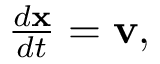
\begin{array} { r } { \frac { d \mathbf { x } } { d t } = \mathbf { v } , } \end{array}